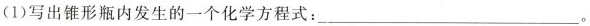
(1)写出锥形瓶内发生的一个化学方程式：___。